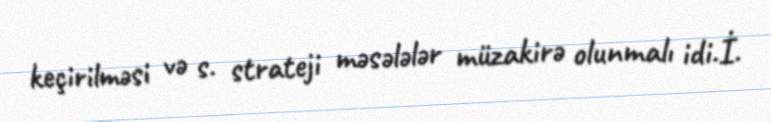
keçirilməsi və s. strateji məsələlər müzakirə olunmalı idi.İ.